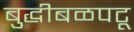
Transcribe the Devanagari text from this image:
बुद्धीबळपटू